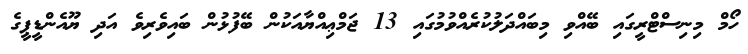
ހޯމް މިނިސްޓްރީގައި ބޭއްވި މިބައްދަލުކުރެއްވުމުގައި 13 ޖަމްޢިއްޔާއަކުން ބޭފުޅުން ބައިވެރިވެ އަދި ޔޫއެންޑީޕީގެ